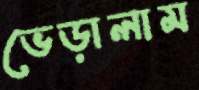
ভেড়ালাম